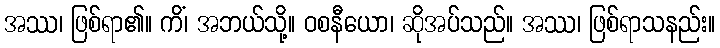
အဿ၊ ဖြစ်ရာ၏။ ကိံ၊ အဘယ်သို့။ ဝစနီယော၊ ဆိုအပ်သည်။ အဿ၊ ဖြစ်ရာသနည်း။